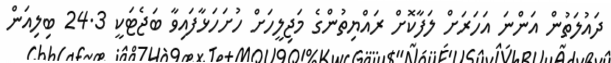
ދައުލަތުން އަންނަ އަހަރަށް ލަފާކޮށް ރައްޔިތުންގެ މަޖިލީހަށް ހުށަހަޅާފައިވާ ބަޖެޓަކީ 24.3 ބިލިއަން